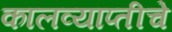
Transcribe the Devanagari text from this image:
कालव्याप्तीचे